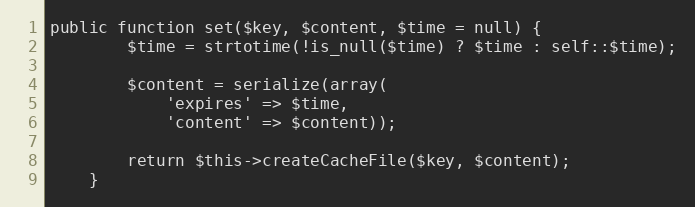
Language: PHP
public function set($key, $content, $time = null) {
        $time = strtotime(!is_null($time) ? $time : self::$time);

        $content = serialize(array(
            'expires' => $time,
            'content' => $content));

        return $this->createCacheFile($key, $content);
    }